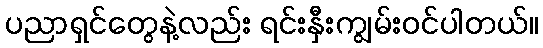
ပညာရှင်တွေနဲ့လည်း ရင်းနှီးကျွမ်းဝင်ပါတယ်။